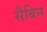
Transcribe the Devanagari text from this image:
सैबिन